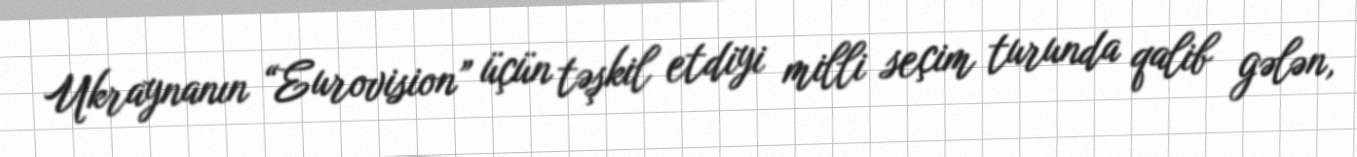
Ukraynanın “Eurovision” üçün təşkil etdiyi milli seçim turunda qalib gələn,